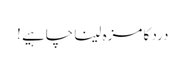
درد کا مزہ لینا چاہیے !